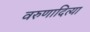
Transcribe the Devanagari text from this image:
वरुणादित्या